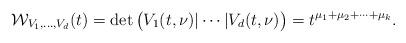
LaTeX: \begin{align*} \mathcal W_{V_1,\ldots, V_d} (t) = \det\big( V_1(t,\nu) | \cdots | V_d(t,\nu)\big) = t^{\mu_1+\mu_2+\cdots+\mu_k}.\end{align*}